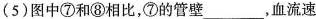
(5)图中⑦和⑧相比，⑦的管壁___，血流速